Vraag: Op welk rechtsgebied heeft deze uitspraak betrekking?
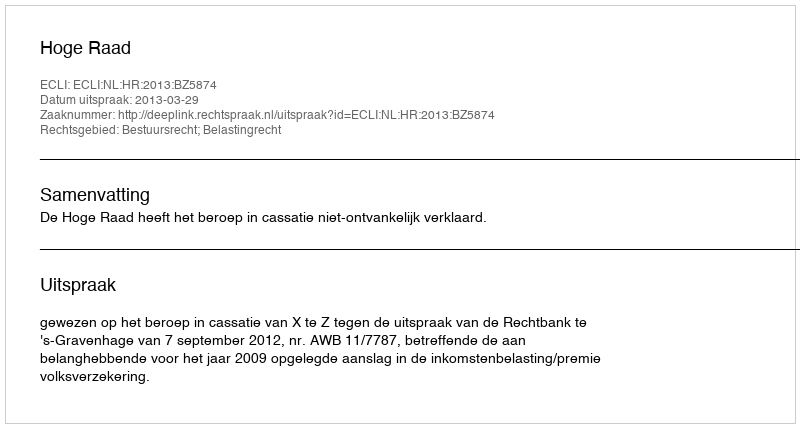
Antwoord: Bestuursrecht; Belastingrecht